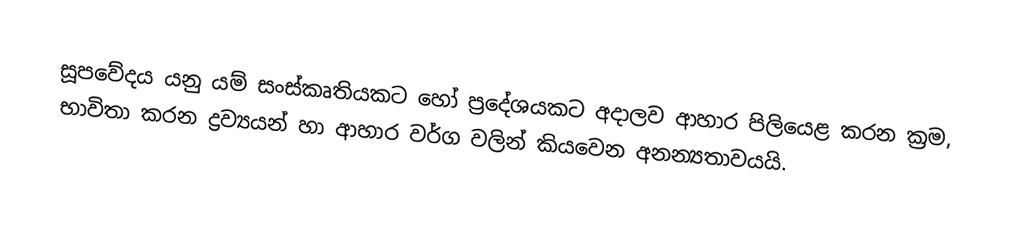
සූපවේදය යනු යම් සංස්කෘතියකට හෝ ප්‍රදේශයකට අදාලව ආහාර පිලියෙළ කරන ක්‍රම, භාවිතා කරන ද්‍රව්‍යයන් හා ආහාර වර්ග වලින් කියවෙන අනන්‍යතාවයයි.